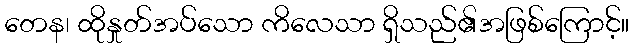
တေန၊ ထိုနှုတ်အပ်သော ကိလေသာ ရှိသည်၏အဖြစ်ကြောင့်။